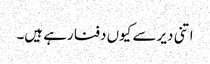
اتنی دیر سے کیوں دفنا رہے ہیں۔